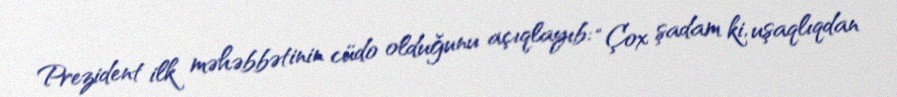
Prezident ilk məhəbbətinin cüdo olduğunu açıqlayıb: “Çox şadam ki, uşaqlıqdan